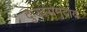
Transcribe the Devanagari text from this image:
दुःखसमुदाय